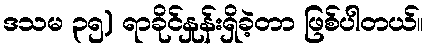
ဒသမ ၃၅) ရာခိုင်နှုန်းရှိခဲ့တာ ဖြစ်ပါတယ်။